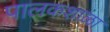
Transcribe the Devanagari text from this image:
पालकशाळा